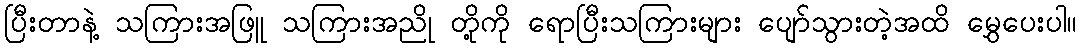
ပြီးတာနဲ့ သကြားအဖြူ သကြားအညို တို့ကို ရောပြီးသကြားများ ပျော်သွားတဲ့အထိ မွှေပေးပါ။